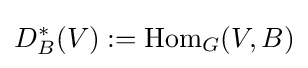
D_{B}^{\ast }(V):=\mathrm {Hom} _{G}(V,B)